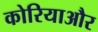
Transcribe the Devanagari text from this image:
कोरियाऔर